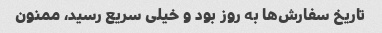
تاریخ سفارش‌ها به روز بود و خیلی سریع رسید، ممنون